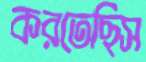
করতেছিস